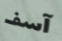
آسف